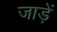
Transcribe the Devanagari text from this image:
जाड़ें